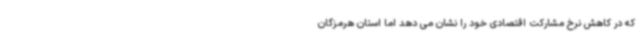
که در کاهش نرخ مشارکت اقتصادی خود را نشان می دهد اما استان هرمزگان